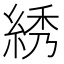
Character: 綉